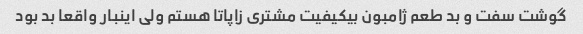
گوشت سفت و بد طعم ژامبون بیکیفیت مشتری زاپاتا هستم ولی اینبار واقعا بد بود